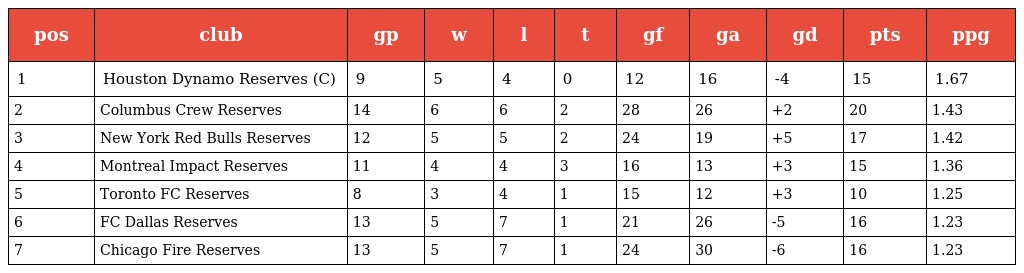
| pos | club | gp | w | l | t | gf | ga | gd | pts | ppg |
 | --- | --- | --- | --- | --- | --- | --- | --- | --- | --- | --- |
 | 1 | Houston Dynamo Reserves (C) | 9 | 5 | 4 | 0 | 12 | 16 | -4 | 15 | 1.67 |
 | 2 | Columbus Crew Reserves | 14 | 6 | 6 | 2 | 28 | 26 | +2 | 20 | 1.43 |
 | 3 | New York Red Bulls Reserves | 12 | 5 | 5 | 2 | 24 | 19 | +5 | 17 | 1.42 |
 | 4 | Montreal Impact Reserves | 11 | 4 | 4 | 3 | 16 | 13 | +3 | 15 | 1.36 |
 | 5 | Toronto FC Reserves | 8 | 3 | 4 | 1 | 15 | 12 | +3 | 10 | 1.25 |
 | 6 | FC Dallas Reserves | 13 | 5 | 7 | 1 | 21 | 26 | -5 | 16 | 1.23 |
 | 7 | Chicago Fire Reserves | 13 | 5 | 7 | 1 | 24 | 30 | -6 | 16 | 1.23 |